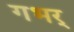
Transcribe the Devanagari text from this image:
गभर्